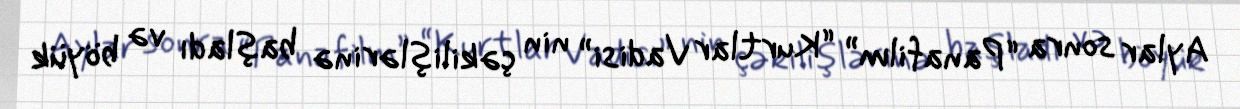
Aylar sonra “Panafilm” “Kurtlar Vadisi” nin çəkilişlərinə başladı və böyük